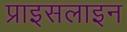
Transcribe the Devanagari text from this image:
प्राइसलाइन